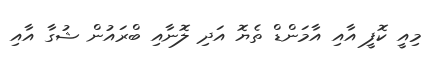
މިއީ ކޮފީ އާއި އާމަންޑް ތެޔޮ އަދި ލޮނާއި ބްރައުން ޝުގާ އާއި